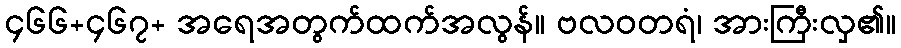
၄၆၆+၄၆၇+ အရေအတွက်ထက်အလွန်။ ဗလဝတရံ၊ အားကြီးလှ၏။